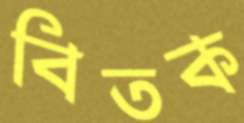
বিতক